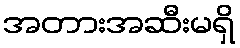
အတားအဆီးမရှိ